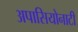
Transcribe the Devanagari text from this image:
अपासियोनाटी